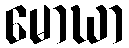
မောဃာ